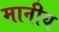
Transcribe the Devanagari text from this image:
मानीय